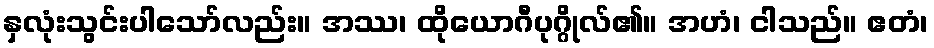
နှလုံးသွင်းပါသော်လည်း။ အဿ၊ ထိုယောဂီပုဂ္ဂိုလ်၏။ အဟံ၊ ငါသည်။ ဧတံ၊